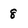
Character: 8